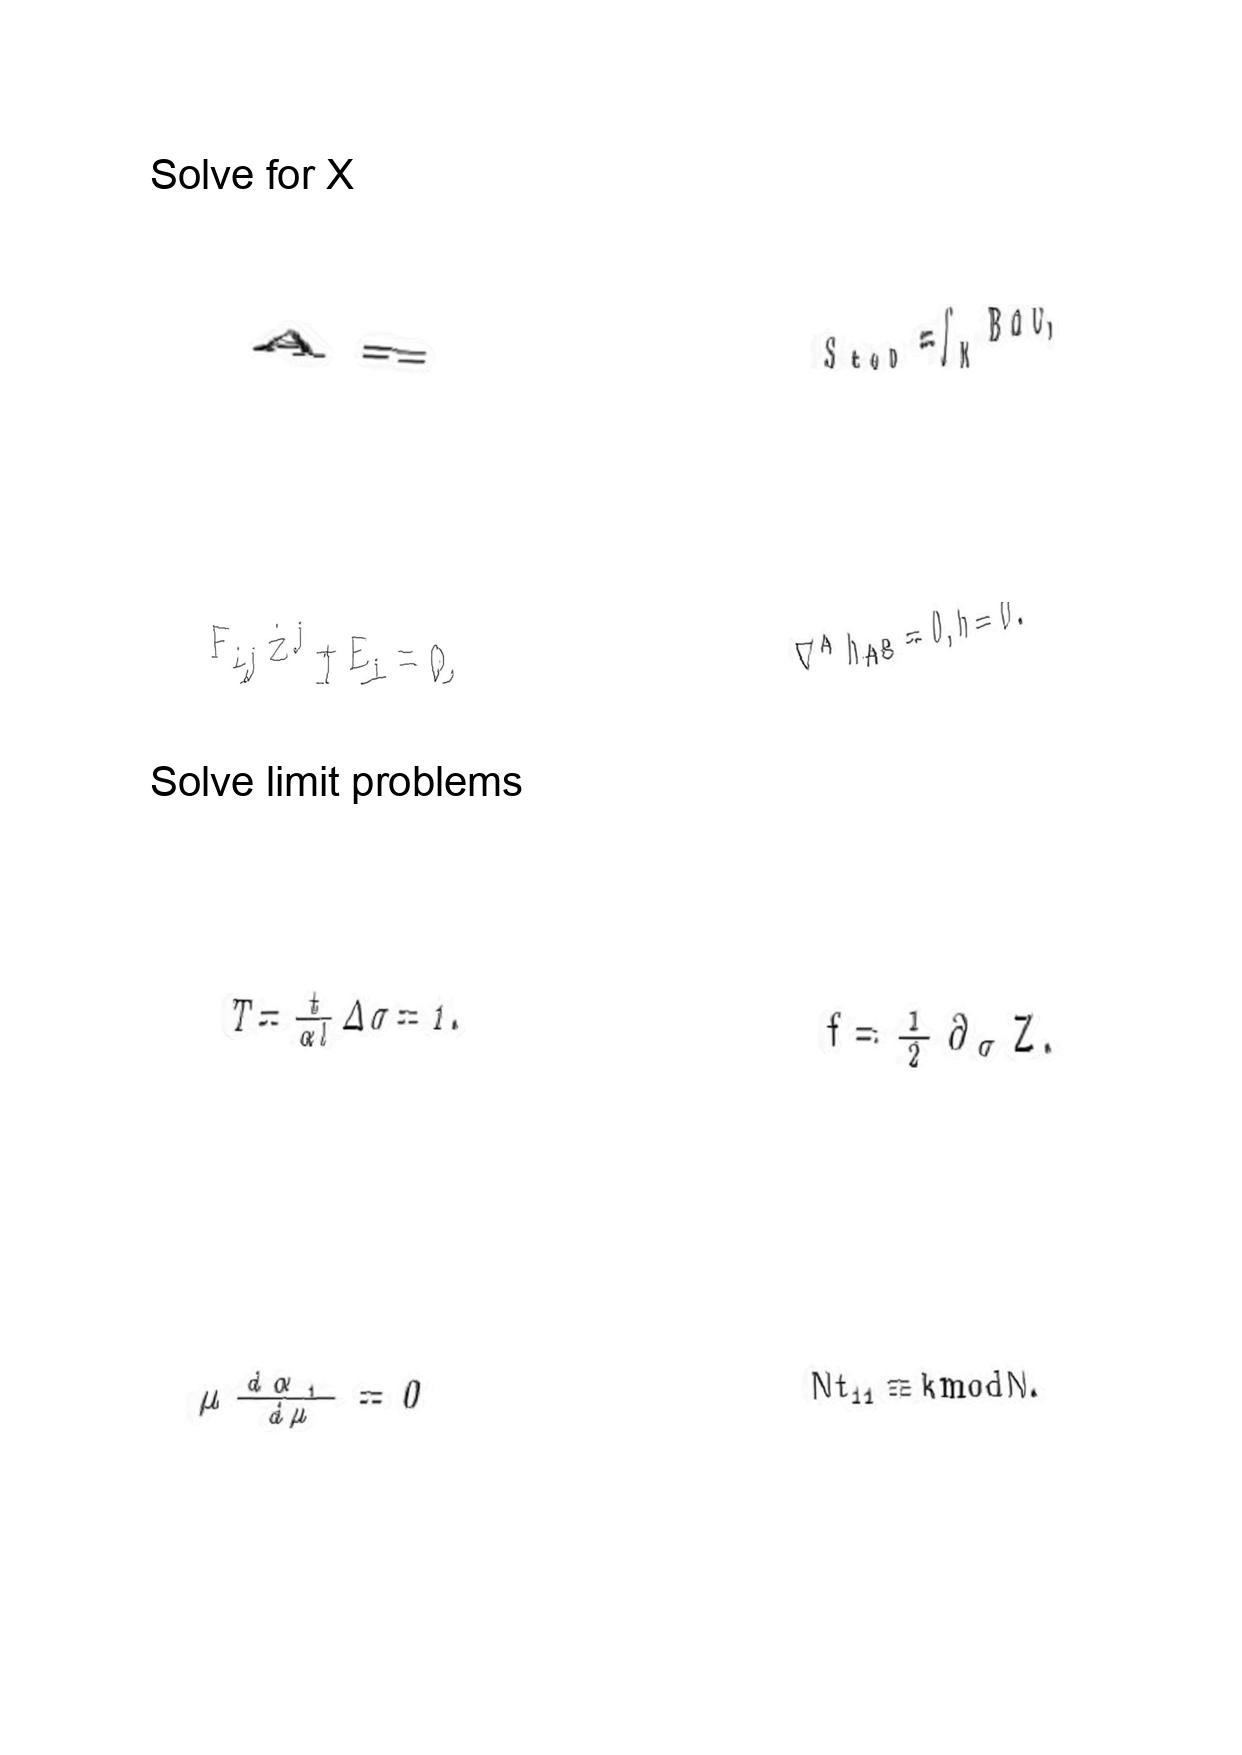
LaTeX transcription:
A =
F _ { i j } \dot { z } ^ { j } + E _ { i } = 0 ,
T = \frac { t } { \alpha l } \Delta \sigma = 1 .
\mu \frac { d \alpha _ { 1 } } { d \mu } = 0
S _ { t o p } = \int _ { M } B d C ,
\nabla ^ { A } h _ { A B } = 0 , h = 0 .
f = \frac { 1 } { 2 } \partial _ { \sigma } Z .
N t _ { 1 1 } \equiv k \mathrm { m o d } N .